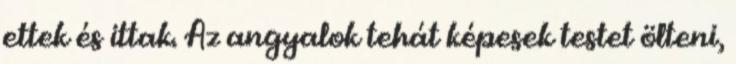
ettek és ittak. Az angyalok tehát képesek testet ölteni,